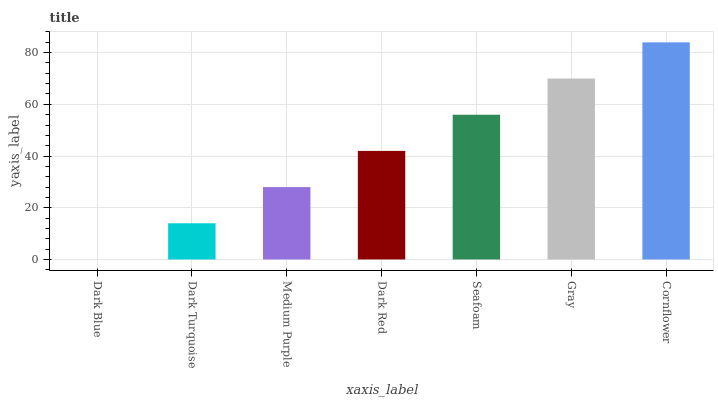
| xaxis_label | bars |
 | --- | --- |
 | Dark Blue | 0 |
 | Dark Turquoise | 14 |
 | Medium Purple | 28 |
 | Dark Red | 42 |
 | Seafoam | 56 |
 | Gray | 70 |
 | Cornflower | 84 |